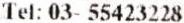
TEL: 03- 55423228